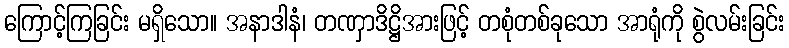
ကြောင့်ကြခြင်း မရှိသော။ အနာဒါနံ၊ တဏှာဒိဋ္ဌိအားဖြင့် တစုံတစ်ခုသော အာရုံကို စွဲလမ်းခြင်း